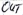
Text: OUT